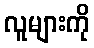
လူများကို